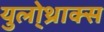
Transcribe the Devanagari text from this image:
युलो्थ्राक्स